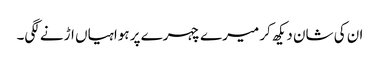
ان کی شان دیکھ کر میرے چہرے پر ہواہیاں اڑنے لگی۔